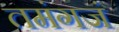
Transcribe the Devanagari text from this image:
तमंगजं